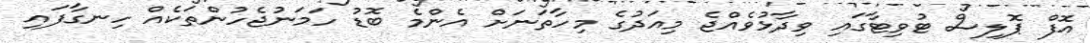
އޮފް ޕޮލިސް ޓުވިޓާގައި ވިދާޅުވެއްޖެ މިއަދުގެ މިހާތަނަށް އެންމެ ބޮޑު ހަމަނުޖެހުންތަކެއް ހިނގާފައި